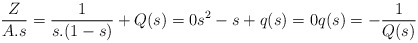
\begin{align*}\frac{Z}{A.s}=\frac{1}{s.(1-s)}+Q(s)=0 s^2-s+q(s)=0 q(s)=-\frac{1}{Q(s)} \end{align*}